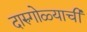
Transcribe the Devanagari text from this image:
दारुगोळ्याची